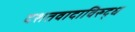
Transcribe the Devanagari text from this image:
दशतवादाविरुद्ध